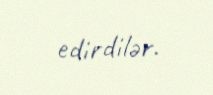
edirdilər.